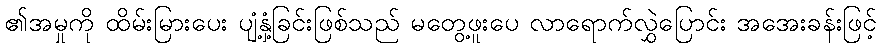
၏အမှုကို ထိမ်းမြားပေး ပျံ့နှံ့ခြင်းဖြစ်သည် မတွေ့ဖူးပေ လာရောက်လွှဲပြောင်း အအေးခန်းဖြင့်